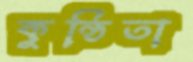
কুন্ঠিতা